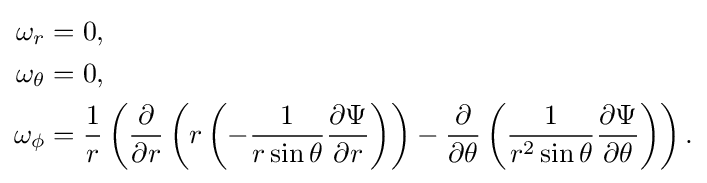
{\begin{aligned}\omega _{r}&=0,\\\omega _{\theta }&=0,\\\omega _{\phi }&={1 \over r}\left({\partial  \over \partial r}\left(r\left(-{\frac {1}{r\sin \theta }}{\frac {\partial \Psi }{\partial r}}\right)\right)-{\partial  \over \partial \theta }\left({\frac {1}{r^{2}\sin \theta }}{\frac {\partial \Psi }{\partial \theta }}\right)\right).\end{aligned}}